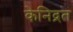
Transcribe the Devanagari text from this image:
केनिद्रत